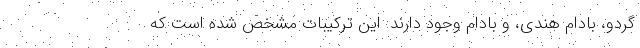
گردو، بادام هندی، و بادام وجود دارند. این ترکیبات مشخص شده است که